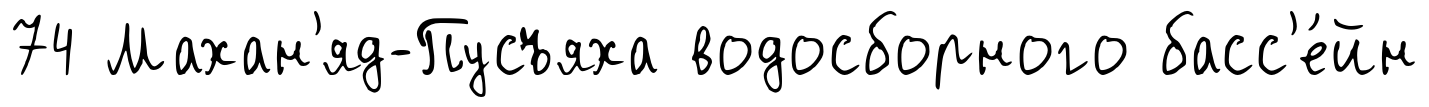
74 Махан'яд-Пусъяха водосборного басс'е́йн